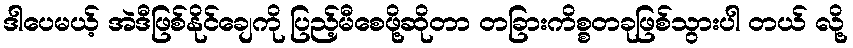
ဒါပေမယ့် အဲဒီဖြစ်နိုင်ချေကို ပြည့်မီစေဖို့ဆိုတာ တခြားကိစ္စတခုဖြစ်သွားပါ တယ် လို့